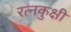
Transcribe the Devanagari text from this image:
रत्नकुक्षी